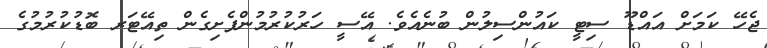
ޖެހޭ ކަމަށް އައްޑޫ ސިޓީ ކައުންސިލުން ބުނެއެވެ. އޭސީ ހަރުކުރުމުންފެށިގެން ތިއޭޓަރ ބޮޑުކުރުމުގެ